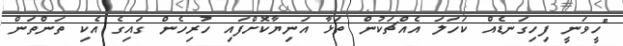
"ހީވަނީ ފިހިގަނޑެއް ކަހަލަ އެއްޗަކުން ތަޅާ އަނިޔާކޮށްފައި ހުރިހެން ގައިގެ އެކި ތަންތަން